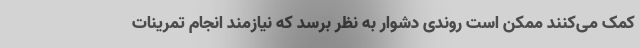
کمک می‌کنند ممکن است روندی دشوار به نظر برسد که نیازمند انجام تمرینات